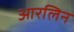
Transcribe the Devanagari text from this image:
आरलिन